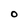
Character: O